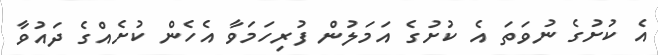
އެ ކުށުގެ ނުވަތަ އެ ކުށުގެ އަމަލުން ފުރިހަމަވާ އެހެން ކުށެއްގެ ދައުވާ